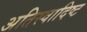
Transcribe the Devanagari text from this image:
अतिस्‍वादिष्‍ट